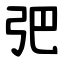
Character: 弝